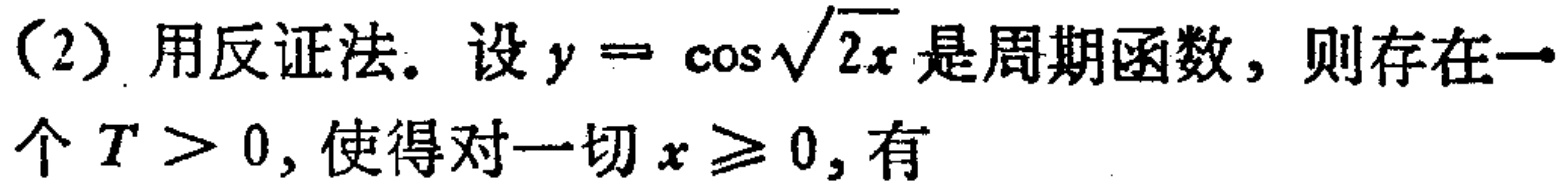
(2) 用反证法. 设\(y = \cos\sqrt{2x}\)是周期函数, 则存在一个 \(T>0\), 使得对一切 \(x\geq0\), 有